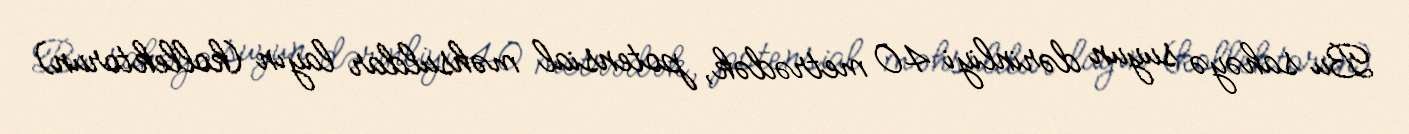
Bu sahəyə suyun dərinliyi 40 metrədək, potensial məhsuldar layın (kollektorun)